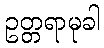
ဥတ္တရာမုခါ